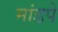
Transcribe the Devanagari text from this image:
मांडपे